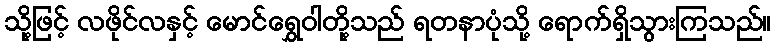
သို့ဖြင့် လဖိုင်လနှင့် မောင်ရွှေဝါတို့သည် ရတနာပုံသို့ ရောက်ရှိသွားကြသည်။